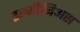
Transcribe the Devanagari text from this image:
इन्जीनिअस